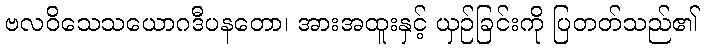
ဗလဝိသေသယောဂဒီပနတော၊ အားအထူးနှင့် ယှဉ်ခြင်းကို ပြတတ်သည်၏